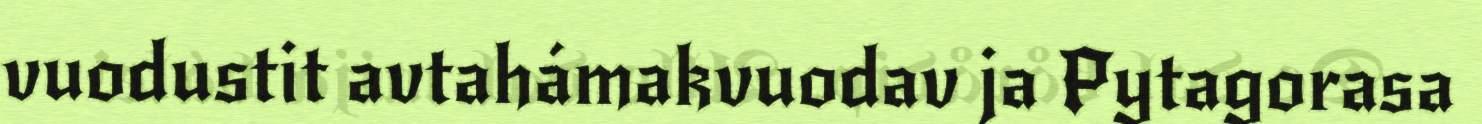
vuodustit avtahámakvuodav ja Pytagorasa